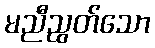
မညီညွတ်သော